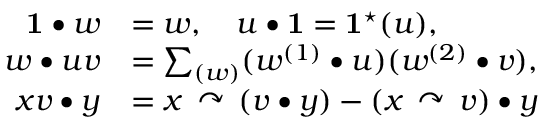
\begin{array} { r l } { \mathbf { 1 } \bullet w } & { = w , \quad u \bullet \mathbf { 1 } = \mathbf { 1 } ^ { \star } ( u ) , } \\ { w \bullet u v } & { = \sum _ { ( w ) } ( w ^ { ( 1 ) } \bullet u ) ( w ^ { ( 2 ) } \bullet v ) , } \\ { x v \bullet y } & { = x \, \curvearrowright \, ( v \bullet y ) - ( x \, \curvearrowright \, v ) \bullet y } \end{array}